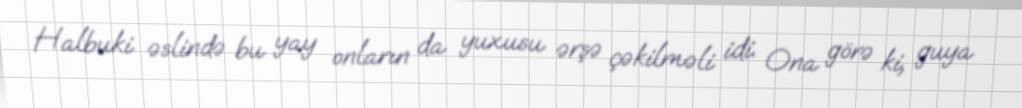
Halbuki əslində bu yay onların da yuxusu ərşə çəkilməli idi. Ona görə ki, guya